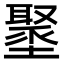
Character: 𡒍